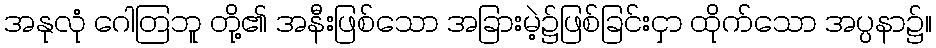
အနုလုံ ဂေါတြဘူ တို့၏ အနီးဖြစ်သော အခြားမဲ့၌ဖြစ်ခြင်းငှာ ထိုက်သော အပ္ပနာ၌။